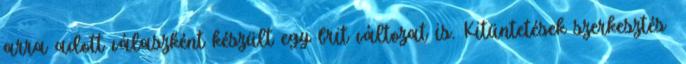
arra adott válaszként készült egy brit változat is. Kitüntetések szerkesztés